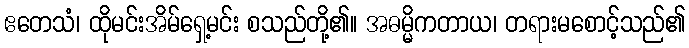
ဧတေသံ၊ ထိုမင်းအိမ်ရှေ့မင်း စသည်တို့၏။ အဓမ္မိကတာယ၊ တရားမစောင့်သည်၏